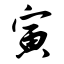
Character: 寅